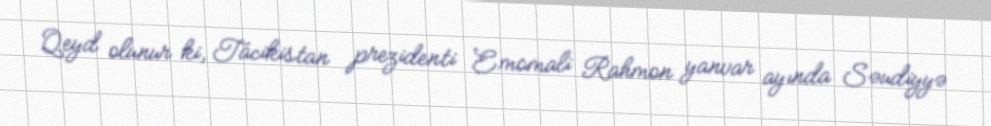
Qeyd olunur ki, Tacikistan prezidenti Emomali Rahmon yanvar ayında Səudiyyə